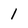
Character: 1